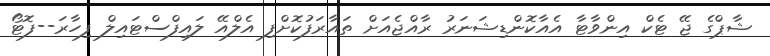
ޝާޕްގެ ޖޭ ޓެކް އިންވާޓާ އެއާކޮންޑިޝަނަރު ރާއްޖެއަށް ތައާރަފުކޮށްފި އެލްއޭ ލައިފްސްޓައިލް ފިހާރަ--ފޮޓޯ